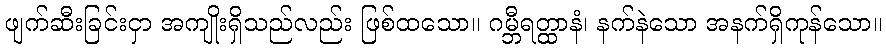
ဖျက်ဆီးခြင်းငှာ အကျိုးရှိသည်လည်း ဖြစ်ထသော။ ဂမ္ဘီရတ္ထာနံ၊ နက်နဲသော အနက်ရှိကုန်သော။